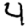
Digit: 4